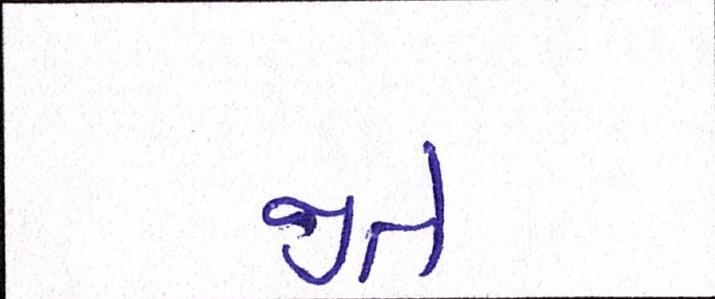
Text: જીતે